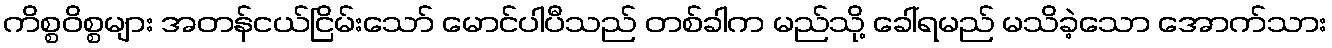
ကိစ္စဝိစ္စများ အတန်ငယ်ငြိမ်းသော် မောင်ပါပီသည် တစ်ခါက မည်သို့ ခေါ်ရမည် မသိခဲ့သော အောက်သား